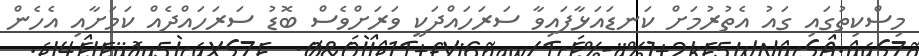
މިސްކިތުގައި ގައު އެތުރުމަށް ކަނޑައަޅާފައިވާ ސަރަހައްދަކީ ވަރަށްވެސް ބޮޑު ސަރަހައްދެއް ކަމަށާއި އެހެން